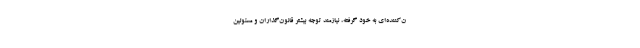
ن‌کننده‌ای به خود گرفته، نیازمند توجه بیشتر قانون‌گذاران و مسئولین